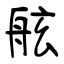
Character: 舷